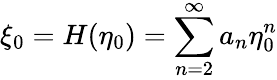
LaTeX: \xi_{0}=H(\eta_{0})=\sum_{n=2}^{\infty}a_{n}\eta_{0}^{n}